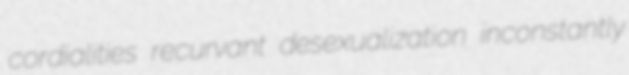
cordialities recurvant desexualization inconstantly